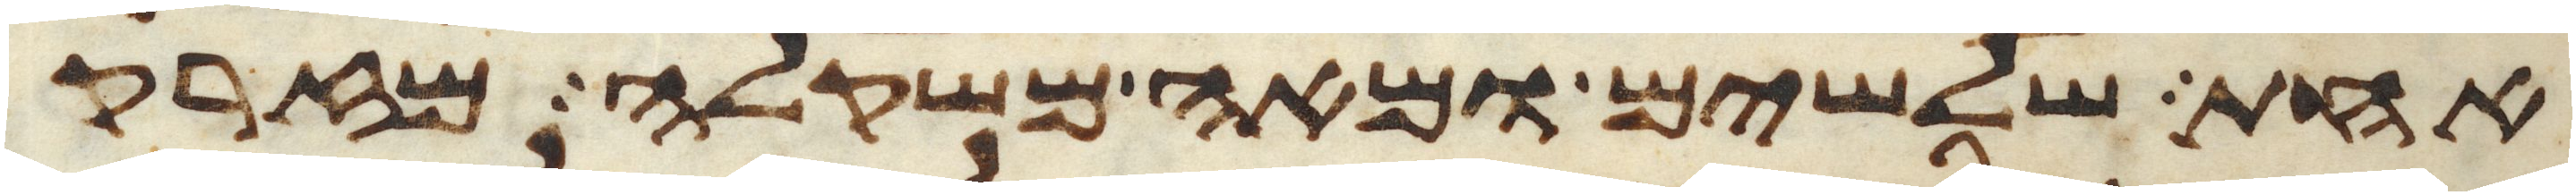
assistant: אחת שלשים ומאה משקלה מזרק